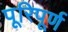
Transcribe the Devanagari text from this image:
पूरिपूर्ण